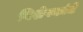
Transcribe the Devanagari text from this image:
विशेषकांचे